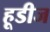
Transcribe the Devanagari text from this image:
हूडीज